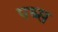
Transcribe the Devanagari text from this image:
पब्स